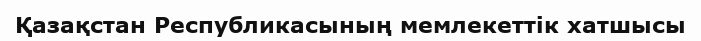
Қазақстан Республикасының мемлекеттік хатшысы